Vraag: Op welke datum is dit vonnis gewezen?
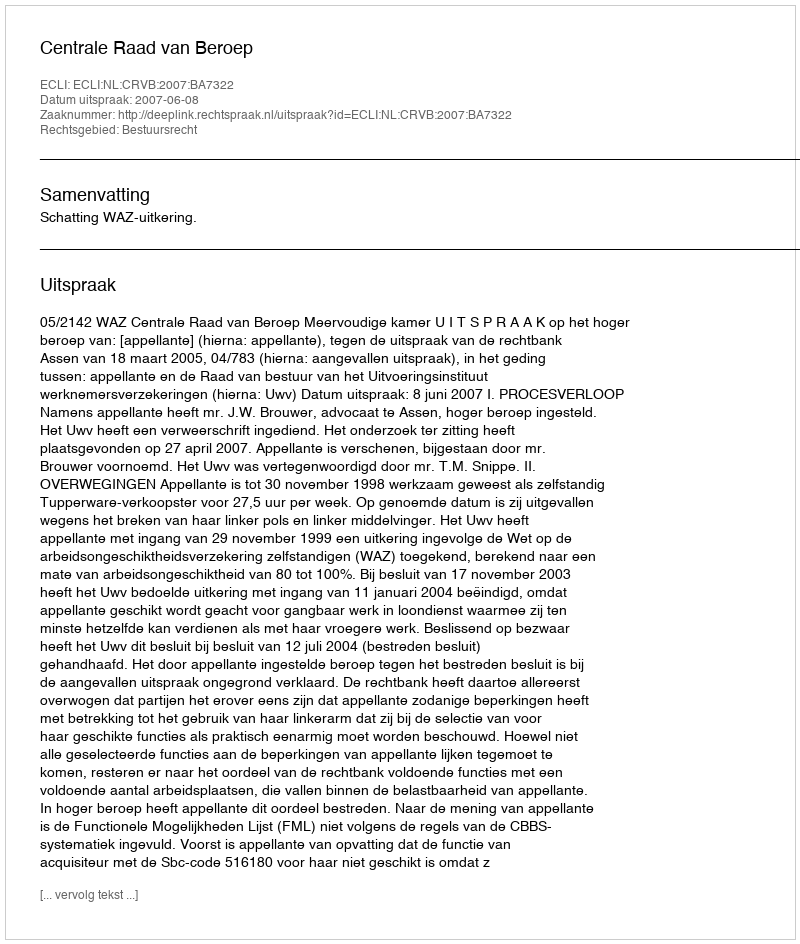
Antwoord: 2007-06-08